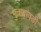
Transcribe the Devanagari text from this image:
भुताबावड़ी